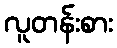
လူတန်းစား